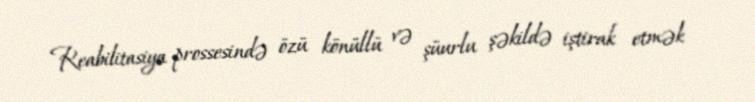
Reabilitasiya prossesində özü könüllü və şüurlu şəkildə iştirak etmək